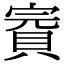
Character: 𧶉